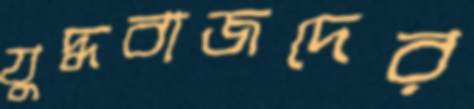
যুদ্ধবাজদের